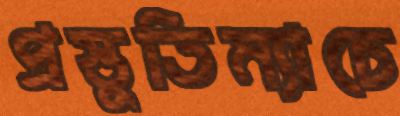
প্রস্তুতিম্যাচে